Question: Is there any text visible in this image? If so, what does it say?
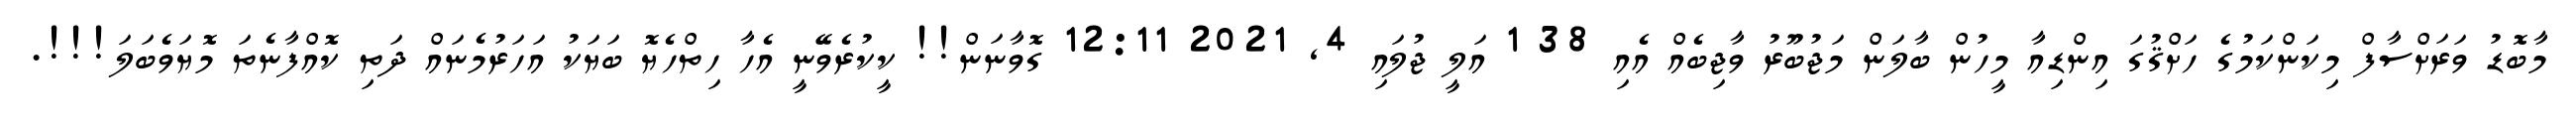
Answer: މާބޮޑު ވަރަށްސާފް މިކަންކަމުގެ ހަށްޤުގަ އިންޑިއާ މީހުން ބާލަން މަޖުބޫރު ވާޖިބެއް އެއި 38 1 އަލީ ޖުލައި 4, 2021 12:11 ގޮވާނަން!! ކީކުރެވޭނީ އެހާ ހިތްހެޔޮ ބަޔަކު އަހަރުމެނައް ދަތި ކޮއްފާނެތަ މޮޔަވެބަލަ!!!.